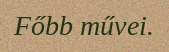
Főbb művei.